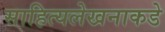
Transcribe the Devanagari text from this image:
साहित्यलेखनाकडे